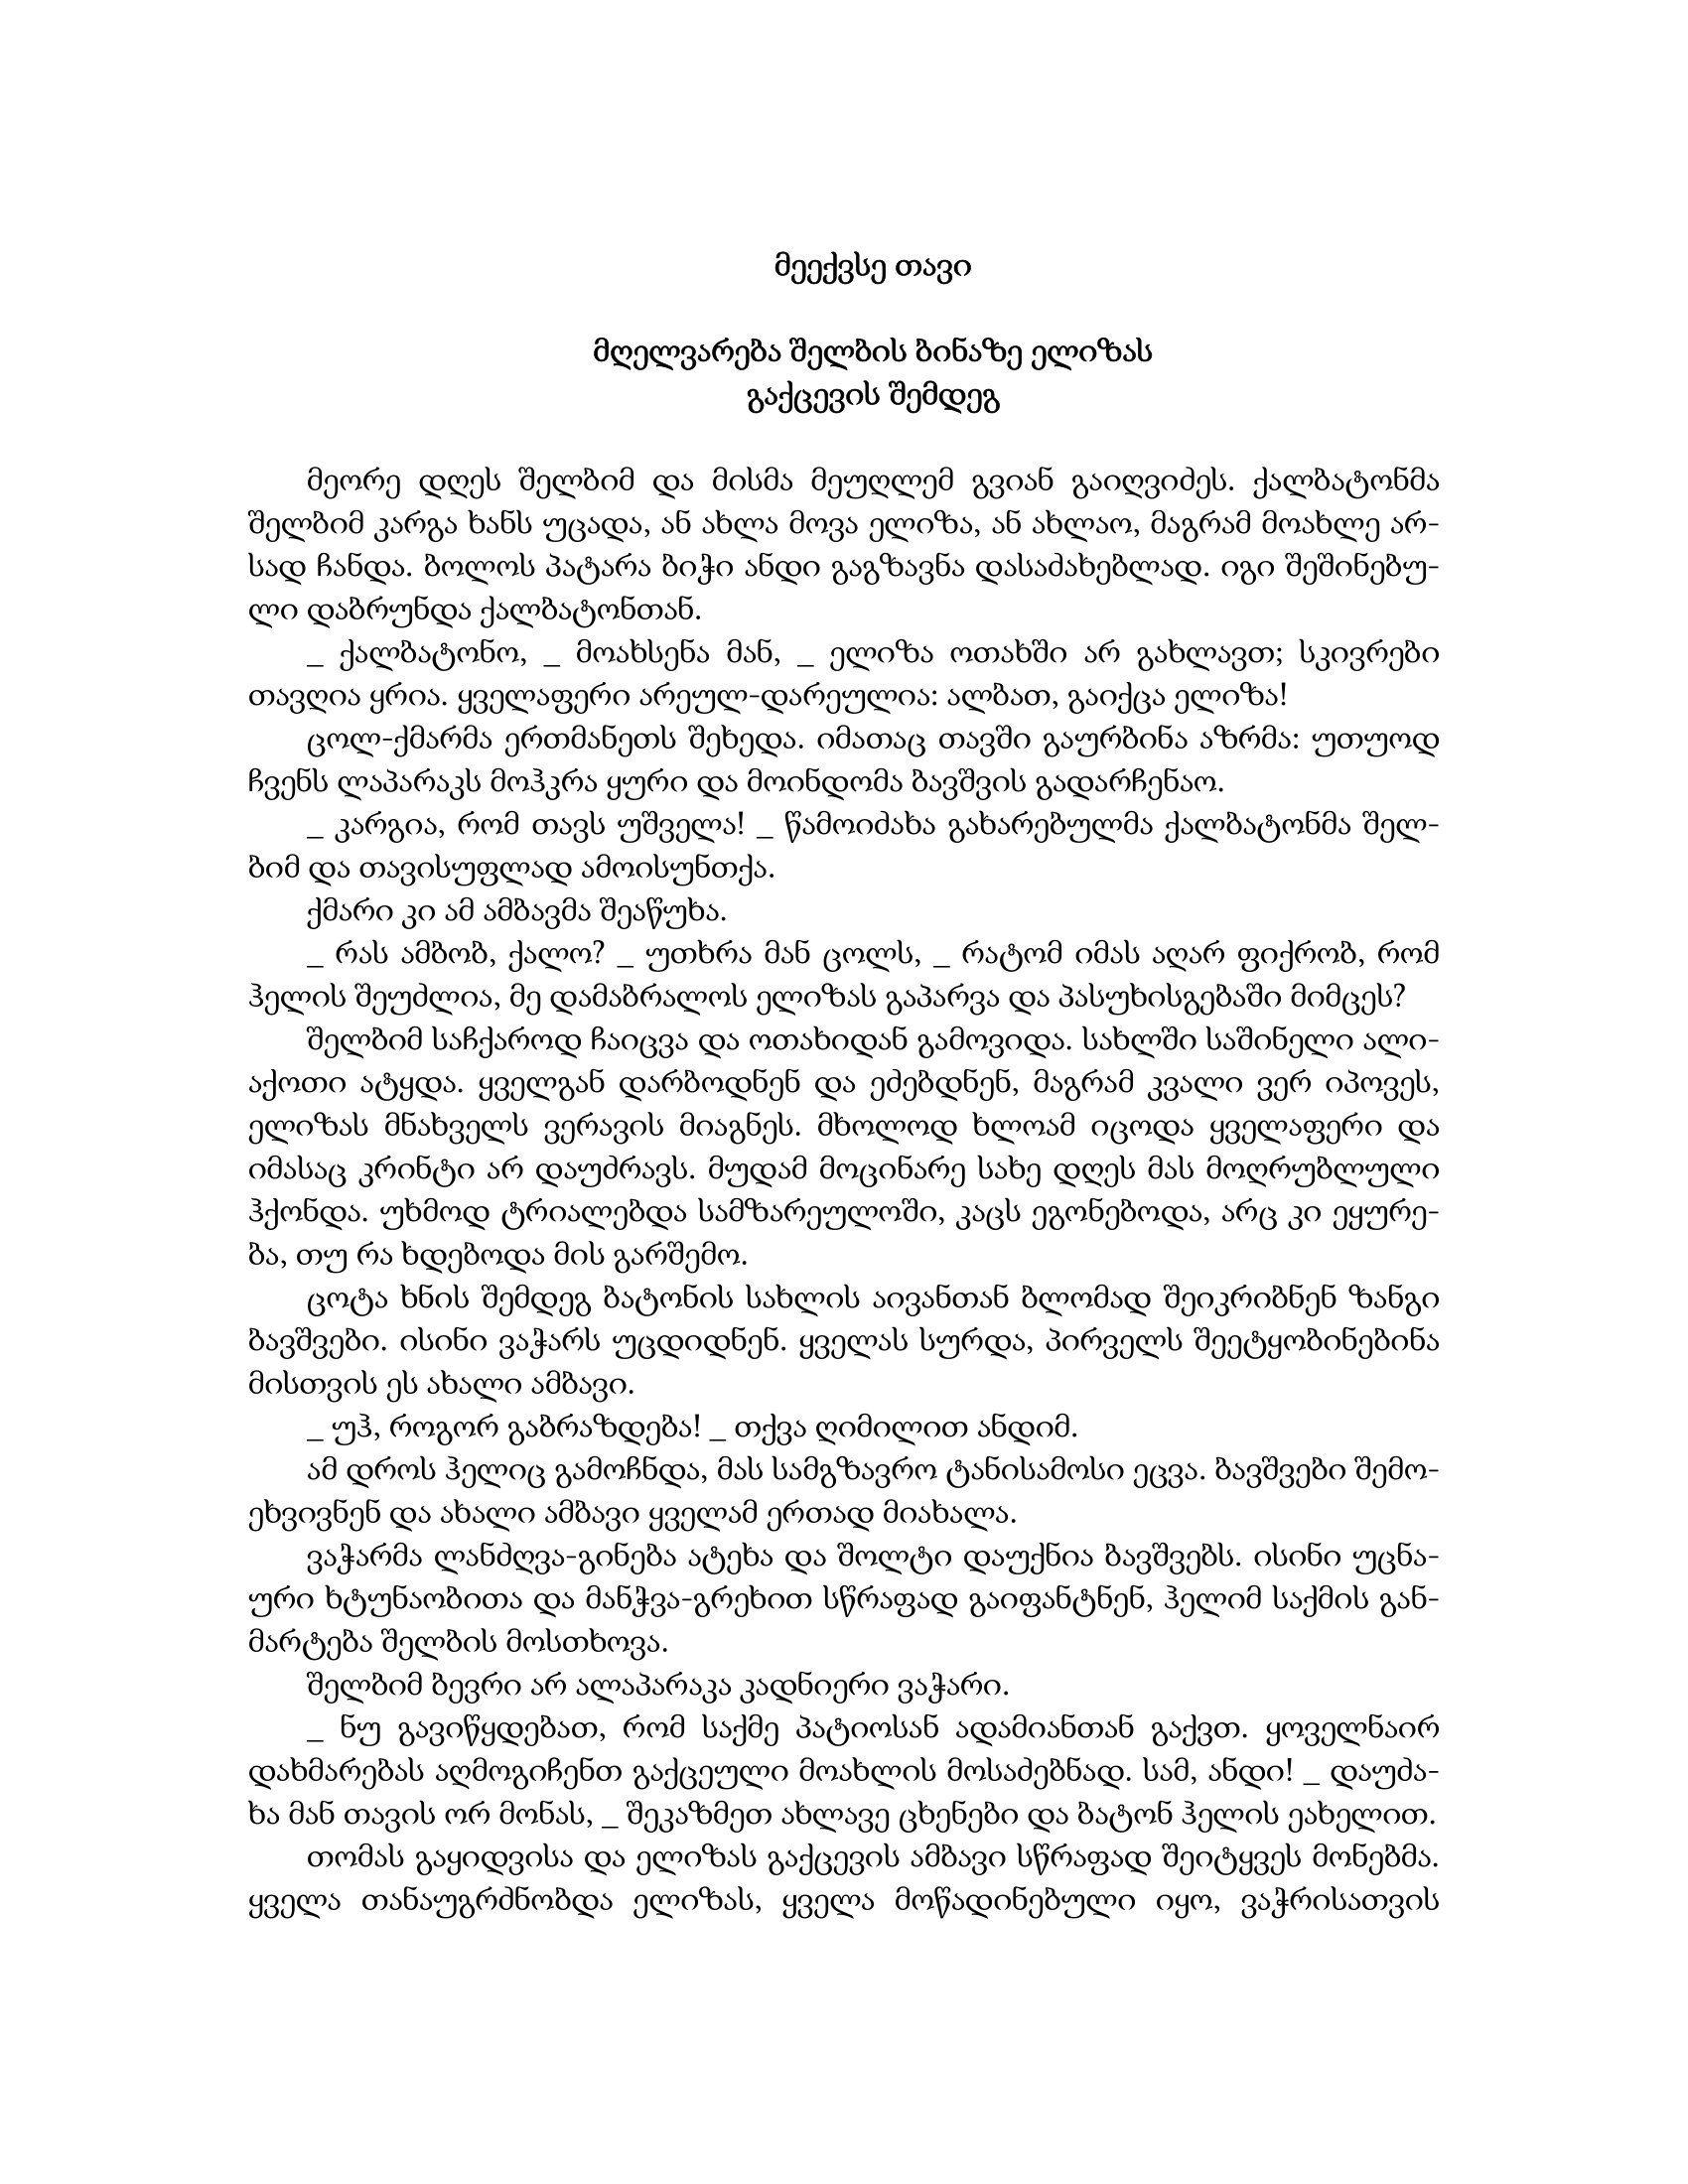
Language: gr